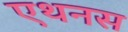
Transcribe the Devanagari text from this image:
एथनस